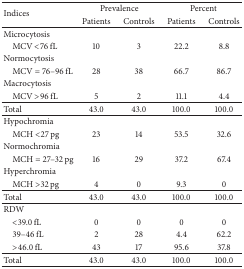
<table><thead><tr><td rowspan="2"><b>Indices</b></td><td colspan="2"><b>Prevalence</b></td><td colspan="2"><b>Percent</b></td></tr><tr><td><b>Patients</b></td><td><b>Controls</b></td><td><b>Patients</b></td><td><b>Controls</b></td></tr></thead><tbody><tr><td>Microcytosis </td><td> </td><td> </td><td> </td><td> </td></tr><tr><td> MCV &lt;76 fL</td><td>10</td><td>3</td><td>22.2</td><td>8.8</td></tr><tr><td>Normocytosis </td><td> </td><td> </td><td> </td><td> </td></tr><tr><td> MCV = 76–96 fL</td><td>28</td><td>38</td><td>66.7</td><td>86.7</td></tr><tr><td>Macrocytosis</td><td> </td><td> </td><td> </td><td> </td></tr><tr><td> MCV &gt;96 fL</td><td>5</td><td>2</td><td>11.1</td><td>4.4</td></tr><tr><td>Total</td><td>43.0</td><td>43.0</td><td>100.0</td><td>100.0</td></tr><tr><td>Hypochromia</td><td> </td><td> </td><td> </td><td> </td></tr><tr><td> MCH &lt;27 pg</td><td>23</td><td>14</td><td>53.5</td><td>32.6</td></tr><tr><td>Normochromia </td><td> </td><td> </td><td> </td><td> </td></tr><tr><td> MCH = 27–32 pg</td><td>16</td><td>29</td><td>37.2</td><td>67.4</td></tr><tr><td>Hyperchromia </td><td> </td><td> </td><td> </td><td> </td></tr><tr><td> MCH &gt;32 pg</td><td>4</td><td>0</td><td>9.3</td><td>0</td></tr><tr><td>Total</td><td>43.0</td><td>43.0</td><td>100.0</td><td>100.0</td></tr><tr><td>RDW</td><td> </td><td> </td><td> </td><td> </td></tr><tr><td> &lt;39.0 fL</td><td>0</td><td>0</td><td>0</td><td>0</td></tr><tr><td> 39–46 fL</td><td>2</td><td>28</td><td>4.4</td><td>62.2</td></tr><tr><td> &gt;46.0 fL</td><td>43</td><td>17</td><td>95.6</td><td>37.8</td></tr><tr><td>Total</td><td>43.0</td><td>43.0</td><td>100.0</td><td>100.0</td></tr></tbody></table>